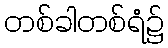
တစ်ခါတစ်ရံ၌